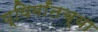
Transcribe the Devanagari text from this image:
प्यिमाँतच्या